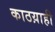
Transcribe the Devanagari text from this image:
काठय़ाही